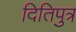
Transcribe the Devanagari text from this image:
दितिपुत्र